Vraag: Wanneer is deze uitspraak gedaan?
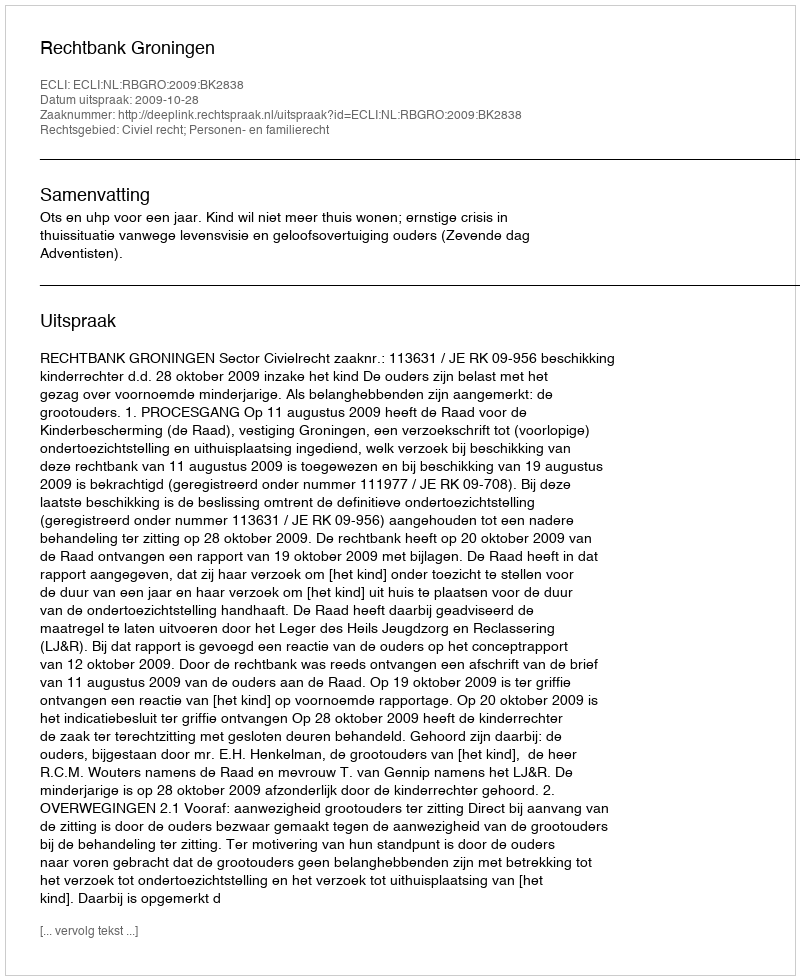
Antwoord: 2009-10-28